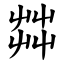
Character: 茻